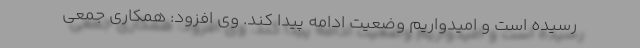
رسیده است و امیدواریم وضعیت ادامه پیدا کند. وی افزود: همکاری جمعی